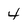
Character: 4